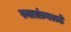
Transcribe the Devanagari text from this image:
स्वातंत्र्यलढे